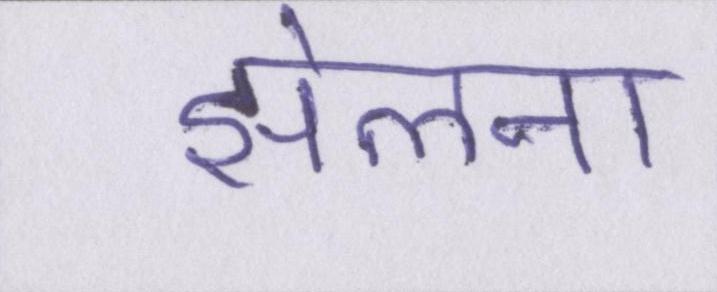
झेलना